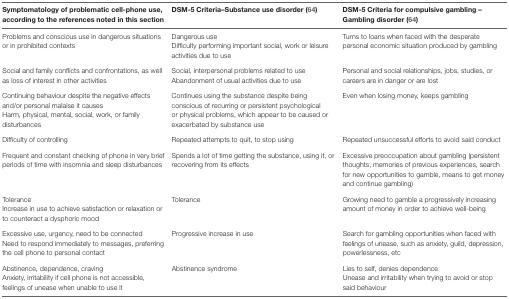
<table><thead><tr><td><b>Symptomatology of problematic cell-phone use, according to the references noted in this section</b></td><td><b>DSM-5 Criteria–Substance use disorder (64)</b></td><td><b>DSM-5 Criteria for compulsive gambling – Gambling disorder (64)</b></td></tr></thead><tbody><tr><td rowspan="2">Problems and conscious use in dangerous situations or in prohibited contexts</td><td>Dangerous use</td><td rowspan="2">Turns to loans when faced with the desperate personal economic situation produced by gambling</td></tr><tr><td>Difficulty performing important social, work or leisure activities due to use</td></tr><tr><td rowspan="2">Social and family conflicts and confrontations, as well as loss of interest in other activities</td><td>Social, interpersonal problems related to use</td><td rowspan="2">Personal and social relationships, jobs, studies, or careers are in danger or are lost</td></tr><tr><td>Abandonment of usual activities due to use</td></tr><tr><td>Continuing behaviour despite the negative effects and/or personal malaise it causes</td><td rowspan="2">Continues using the substance despite being conscious of recurring or persistent psychological or physical problems, which appear to be caused or exacerbated by substance use</td><td rowspan="2">Even when losing money, keeps gambling</td></tr><tr><td>Harm, physical, mental, social, work, or family disturbances</td></tr><tr><td>Difficulty of controlling</td><td>Repeated attempts to quit, to stop using</td><td>Repeated unsuccessful efforts to avoid said conduct</td></tr><tr><td>Frequent and constant checking of phone in very brief periods of time with insomnia and sleep disturbances</td><td>Spends a lot of time getting the substance, using it, or recovering from its effects</td><td>Excessive preoccupation about gambling (persistent thoughts, memories of previous experiences, search for new opportunities to gamble, means to get money and continue gambling)</td></tr><tr><td>Tolerance</td><td rowspan="2">Tolerance</td><td rowspan="2">Growing need to gamble a progressively increasing amount of money in order to achieve well-being</td></tr><tr><td>Increase in use to achieve satisfaction or relaxation or to counteract a dysphoric mood</td></tr><tr><td>Excessive use, urgency, need to be connected</td><td rowspan="2">Progressive increase in use</td><td rowspan="2">Search for gambling opportunities when faced with feelings of unease, such as anxiety, guild, depression, powerlessness, etc</td></tr><tr><td>Need to respond immediately to messages, preferring the cell phone to personal contact</td></tr><tr><td>Abstinence, dependence, craving</td><td rowspan="2">Abstinence syndrome</td><td>Lies to self, denies dependence</td></tr><tr><td>Anxiety, irritability if cell phone is not accessible, feelings of unease when unable to use it</td><td>Unease and irritability when trying to avoid or stop said behaviour</td></tr></tbody></table>